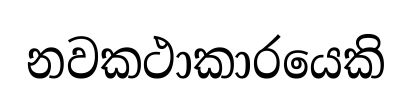
නවකථාකාරයෙකි